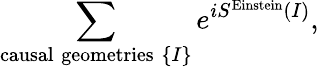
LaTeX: \sum_{\mathrm{causal\; geometries}\; \{ I\} }e^{iS^{\mathrm{Einstein}}(I)},